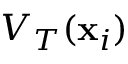
V _ { T } ( \mathbf x _ { i } )